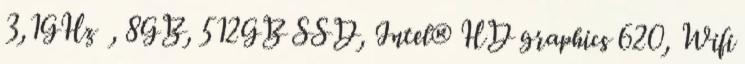
3,1GHz , 8GB, 512GB SSD, Intel® HD graphics 620, Wifi